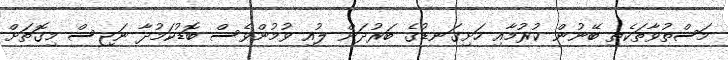
މަސްތުވާތަކެތި ބޭނުން ކުރުމާއި ހަށިގަނޑުގެ ބަރުދަން ލުއި ވުމުންވެސް ބޮޑުކަމުދާ ނަޖިސް މިގޮތަށް